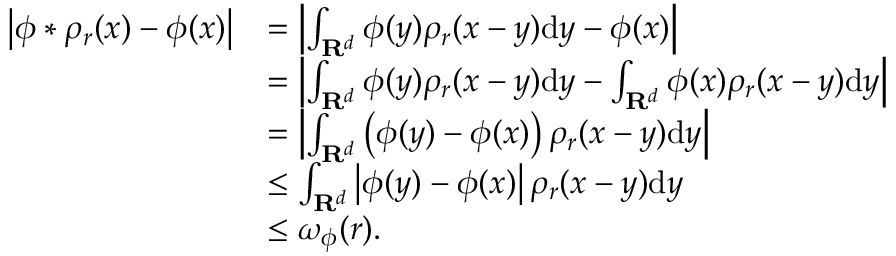
\begin{array} { r l } { \left| \phi \ast \rho _ { r } ( x ) - \phi ( x ) \right| } & { = \left| \int _ { \mathbf { R } ^ { d } } \phi ( y ) \rho _ { r } ( x - y ) \mathrm { d } y - \phi ( x ) \right| } \\ & { = \left| \int _ { \mathbf { R } ^ { d } } \phi ( y ) \rho _ { r } ( x - y ) \mathrm { d } y - \int _ { \mathbf { R } ^ { d } } \phi ( x ) \rho _ { r } ( x - y ) \mathrm { d } y \right| } \\ & { = \left| \int _ { \mathbf { R } ^ { d } } \left( \phi ( y ) - \phi ( x ) \right) \rho _ { r } ( x - y ) \mathrm { d } y \right| } \\ & { \le \int _ { \mathbf { R } ^ { d } } \left| \phi ( y ) - \phi ( x ) \right| \rho _ { r } ( x - y ) \mathrm { d } y } \\ & { \le \omega _ { \phi } ( r ) . } \end{array}